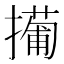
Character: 𫾎